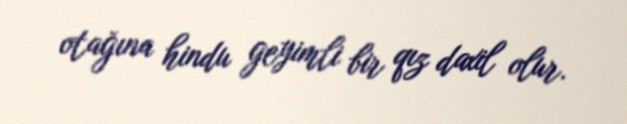
otağına hindu geyimli bir qız daxil olur.